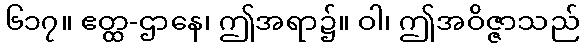
၆၁၇။ ဧတ္ထ-ဌာနေ၊ ဤအရာ၌။ ဝါ၊ ဤအဝိဇ္ဇာသည်